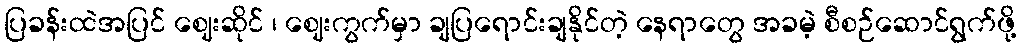
ပြခန်းထဲအပြင် ဈေးဆိုင် ၊ ဈေးကွက်မှာ ချပြရောင်းချနိုင်တဲ့ နေရာတွေ အခမဲ့ စီစဉ်ဆောင်ရွက်ဖို့